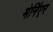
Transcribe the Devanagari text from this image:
मेर्निएर